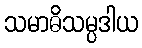
သမာဓိသမ္ပဒါယ